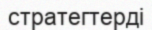
стратегтерді